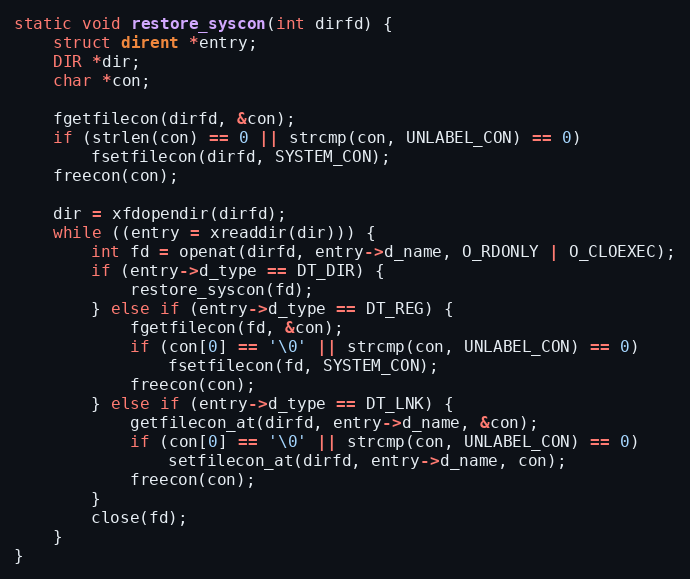
Language: C++
static void restore_syscon(int dirfd) {
    struct dirent *entry;
    DIR *dir;
    char *con;

    fgetfilecon(dirfd, &con);
    if (strlen(con) == 0 || strcmp(con, UNLABEL_CON) == 0)
        fsetfilecon(dirfd, SYSTEM_CON);
    freecon(con);

    dir = xfdopendir(dirfd);
    while ((entry = xreaddir(dir))) {
        int fd = openat(dirfd, entry->d_name, O_RDONLY | O_CLOEXEC);
        if (entry->d_type == DT_DIR) {
            restore_syscon(fd);
        } else if (entry->d_type == DT_REG) {
            fgetfilecon(fd, &con);
            if (con[0] == '\0' || strcmp(con, UNLABEL_CON) == 0)
                fsetfilecon(fd, SYSTEM_CON);
            freecon(con);
        } else if (entry->d_type == DT_LNK) {
            getfilecon_at(dirfd, entry->d_name, &con);
            if (con[0] == '\0' || strcmp(con, UNLABEL_CON) == 0)
                setfilecon_at(dirfd, entry->d_name, con);
            freecon(con);
        }
        close(fd);
    }
}